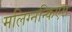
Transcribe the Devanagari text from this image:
मलिग्नन्किएस